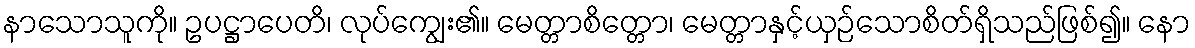
နာသောသူကို။ ဥပဋ္ဌာပေတိ၊ လုပ်ကျွေး၏။ မေတ္တာစိတ္တော၊ မေတ္တာနှင့်ယှဉ်သောစိတ်ရှိသည်ဖြစ်၍။ နော